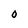
Character: O